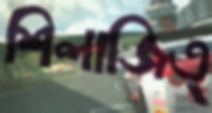
শিলাজিত্